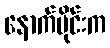
နောက်ပိုင်းက